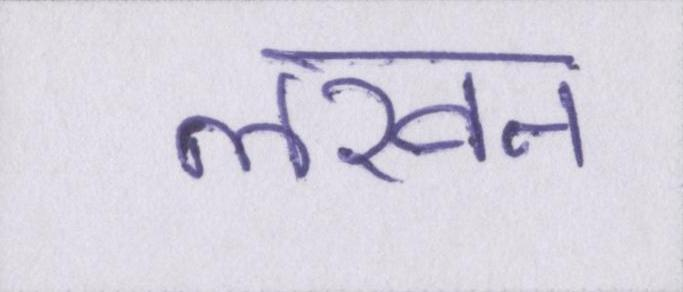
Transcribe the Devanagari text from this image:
लखन